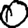
Digit: 0